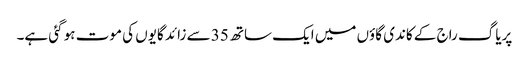
پریاگ راج کے کاندی گاؤں میں ایک ساتھ 35 سے زائد گایوں کی موت ہو گئی ہے۔